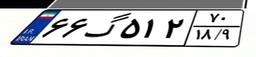
۶۶گ۵۱۲۷۰